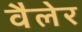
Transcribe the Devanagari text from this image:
वैलेर